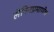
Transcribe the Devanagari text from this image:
लेनिनप्रमाणेच